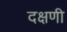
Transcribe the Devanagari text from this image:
दक्षणी